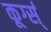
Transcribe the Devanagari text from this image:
कूर्ग्स्